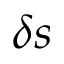
\delta s